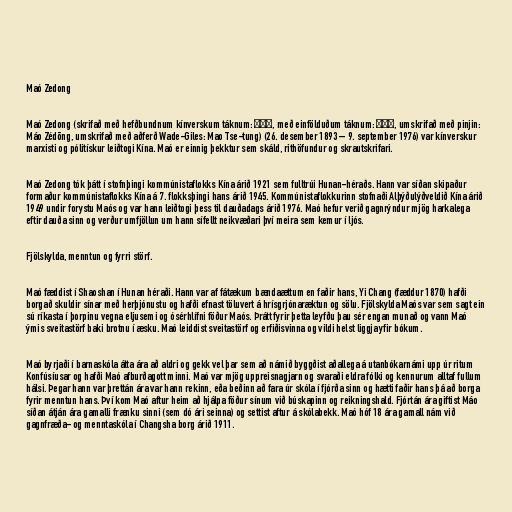
Maó Zedong

Maó Zedong (skrifað með hefðbundnum kínverskum táknum: 毛澤東, með einfölduðum táknum: 毛泽东, umskrifað með pinjin:
Máo Zédōng, umskrifað með aðferð Wade-Giles: Mao Tse-tung) (26. desember 1893 – 9. september 1976) var kínverskur
marxisti og pólitískur leiðtogi Kína. Maó er einnig þekktur sem skáld, rithöfundur og skrautskrifari.

Maó Zedong tók þátt í stofnþingi kommúnistaflokks Kína árið 1921 sem fulltrúi Hunan-héraðs. Hann var síðan skipaður
formaður kommúnistaflokks Kína á 7. flokksþingi hans árið 1945. Kommúnistaflokkurinn stofnaði Alþýðulýðveldið Kína árið
1949 undir forystu Maós og var hann leiðtogi þess til dauðadags árið 1976. Maó hefur verið gagnrýndur mjög harkalega
eftir dauða sinn og verður umfjöllun um hann sífellt neikvæðari því meira sem kemur í ljós.

Fjölskylda, menntun og fyrri störf.

Maó fæddist í Shaoshan í Hunan héraði. Hann var af fátækum bændaættum en faðir hans, Yi Chang (fæddur 1870) hafði
borgað skuldir sínar með herþjónustu og hafði efnast töluvert á hrísgrjónaræktun og sölu. Fjölskylda Maós var sem sagt ein
sú ríkasta í þorpinu vegna eljusemi og ósérhlífni föður Maós. Þrátt fyrir þetta leyfðu þau sér engan munað og vann Maó
ýmis sveitastörf baki brotnu í æsku. Maó leiddist sveitastörf og erfiðisvinna og vildi helst liggja yfir bókum.

Maó byrjaði í barnaskóla átta ára að aldri og gekk vel þar sem að námið byggðist aðallega á utanbókarnámi upp úr ritum
Konfúsíusar og hafði Maó afburðagott minni. Maó var mjög uppreisnagjarn og svaraði eldra fólki og kennurum alltaf fullum
hálsi. Þegar hann var þrettán ára var hann rekinn, eða beðinn að fara úr skóla í fjórða sinn og hætti faðir hans þá að borga
fyrir menntun hans. Því kom Maó aftur heim að hjálpa föður sínum við búskapinn og reikningshald. Fjórtán ára giftist Máo
síðan átján ára gamalli frænku sinni (sem dó ári seinna) og settist aftur á skólabekk. Maó hóf 18 ára gamall nám við
gagnfræða- og menntaskóla í Changsha borg árið 1911.